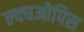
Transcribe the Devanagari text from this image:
ल्क्चओपिस